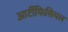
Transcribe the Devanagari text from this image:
आर्टीफिसियल